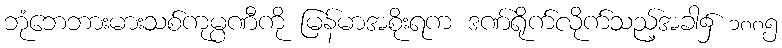
ဘုံဘေဘားမားသစ်ကုမ္ပဏီကို မြန်မာအစိုးရက ဒဏ်ရိုက်လိုက်သည့်အခါ၌ ၁၈၈၅